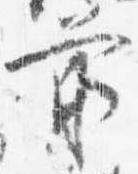
前